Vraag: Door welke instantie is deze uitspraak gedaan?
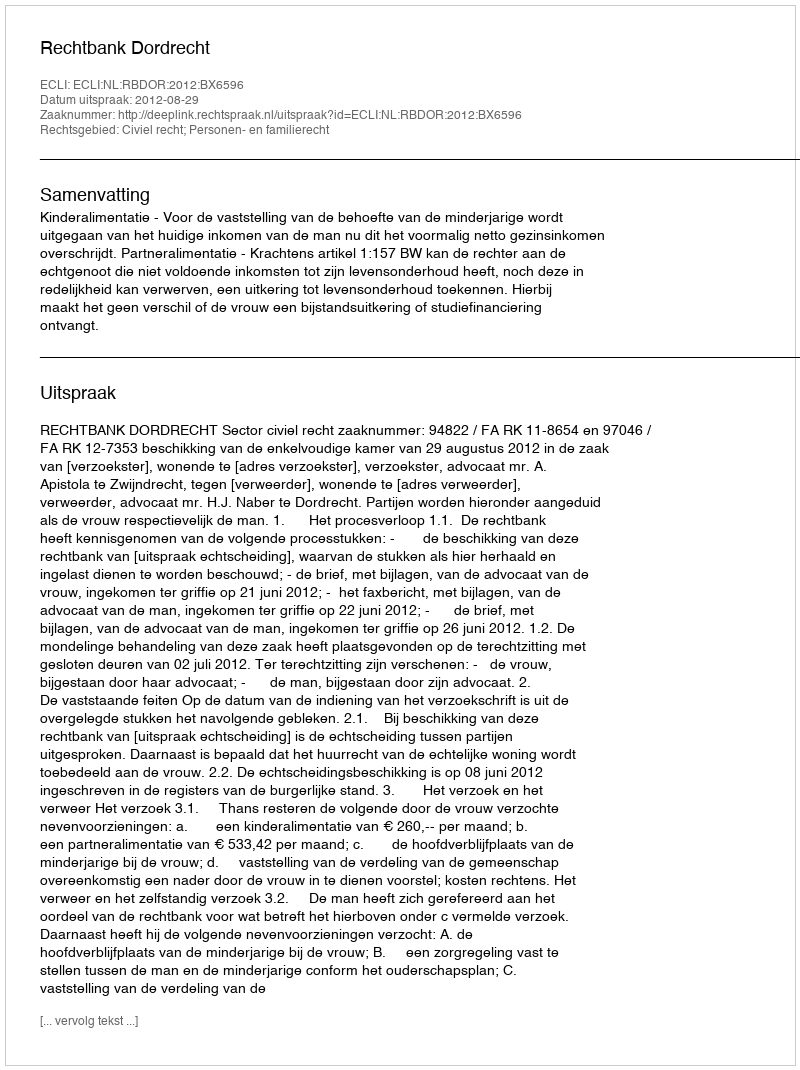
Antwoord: Rechtbank Dordrecht